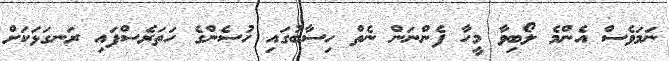
ނަމަވެސް އެންމެ ލޯބިވާ މީހާ ފެންނަން ނެތް ހިސާބުގައި ހުސެންގެ ހަތަރެސްފައި ރަނގަޅަކަށް